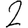
Digit: 2